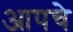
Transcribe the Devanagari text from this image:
आपचे